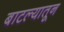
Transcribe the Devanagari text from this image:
बाटल्यातून